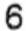
6